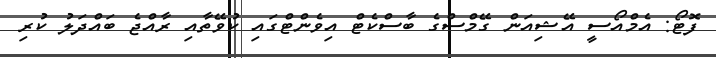
ފޮޓޯ: އެމްއޯސީ އޭޝިއަން ގޭމްސްގެ ބާސްކެޓް އިވެންޓްގައި ކުވޭތާއި ރާއްޖެ ބައްދަލު ކުރި